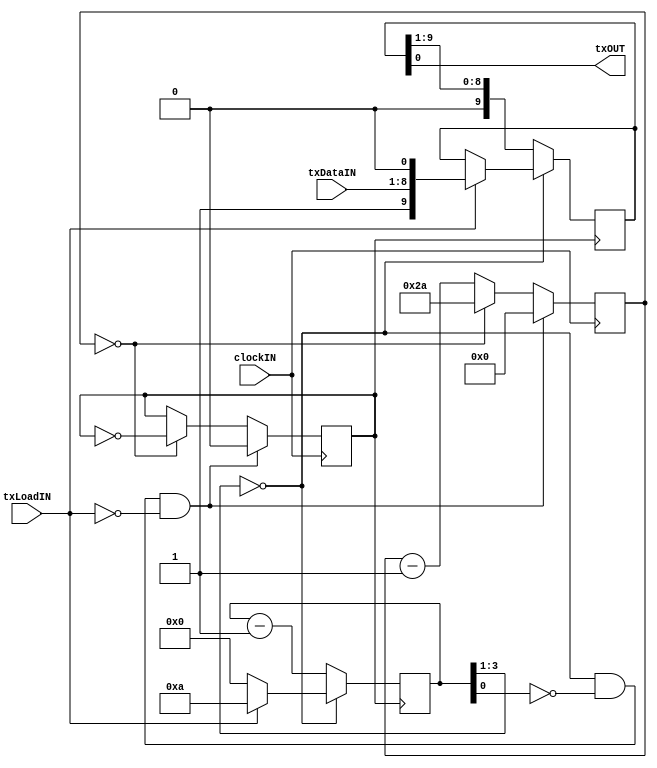
module UART_TX #
(
	parameter CLOCK_FREQUENCY = 10_000_000,
	parameter BAUD_RATE       = 115200
)
(
	input  clockIN,
	input  txLoadIN,
	input  [7:0] txDataIN,
	output wire txOUT
);

localparam HALF_BAUD_CLK_REG_VALUE = (CLOCK_FREQUENCY / BAUD_RATE / 2 - 1);
localparam HALF_BAUD_CLK_REG_SIZE  = $clog2(HALF_BAUD_CLK_REG_VALUE);

wire txIdleOUT;
wire txReadyOUT;

reg [HALF_BAUD_CLK_REG_SIZE-1:0] txClkCounter = 0;
reg txBaudClk       = 1'b0;
reg [9:0] txReg     = 10'h001;
reg [3:0] txCounter = 4'h0; 

assign txReadyOUT = !txCounter[3:1];
assign txIdleOUT  = txReadyOUT & (~txCounter[0]);
assign txOUT      = txReg[0];

always @(posedge clockIN) begin : tx_clock_generate
	if(txIdleOUT & (~txLoadIN)) begin
		txClkCounter <= 0;
		txBaudClk    <= 1'b0;
	end
	else if(txClkCounter == 0) begin
		txClkCounter <= HALF_BAUD_CLK_REG_VALUE;
		txBaudClk    <= ~txBaudClk;
	end
	else begin
		txClkCounter <= txClkCounter - 1'b1;
	end
end

always @(posedge txBaudClk) begin : tx_transmit
	if(~txReadyOUT) begin
		txReg     <= {1'b0, txReg[9:1]};
		txCounter <= txCounter - 1'b1;
	end
	else if(txLoadIN) begin
		txReg     <= {1'b1, txDataIN[7:0], 1'b0};
		txCounter <= 4'hA;
	end
	else begin
		txCounter <= 4'h0;
	end
end

endmodule